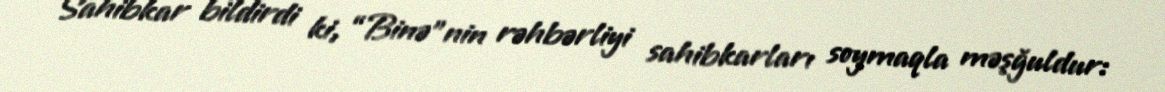
Sahibkar bildirdi ki, “Binə”nin rəhbərliyi sahibkarları soymaqla məşğuldur: